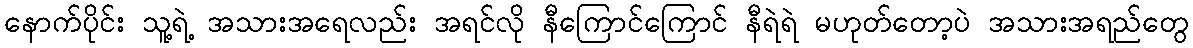
နောက်ပိုင်း သူ့ရဲ့ အသားအရေလည်း အရင်လို နီကြောင်ကြောင် နီရဲရဲ မဟုတ်တော့ပဲ အသားအရည်တွေ